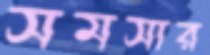
সমসার